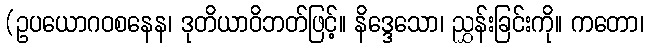
(ဥပယောဂဝစနေန၊ ဒုတိယာဝိဘတ်ဖြင့်။ နိဒ္ဒေသော၊ ညွှန်းခြင်းကို။ ကတော၊